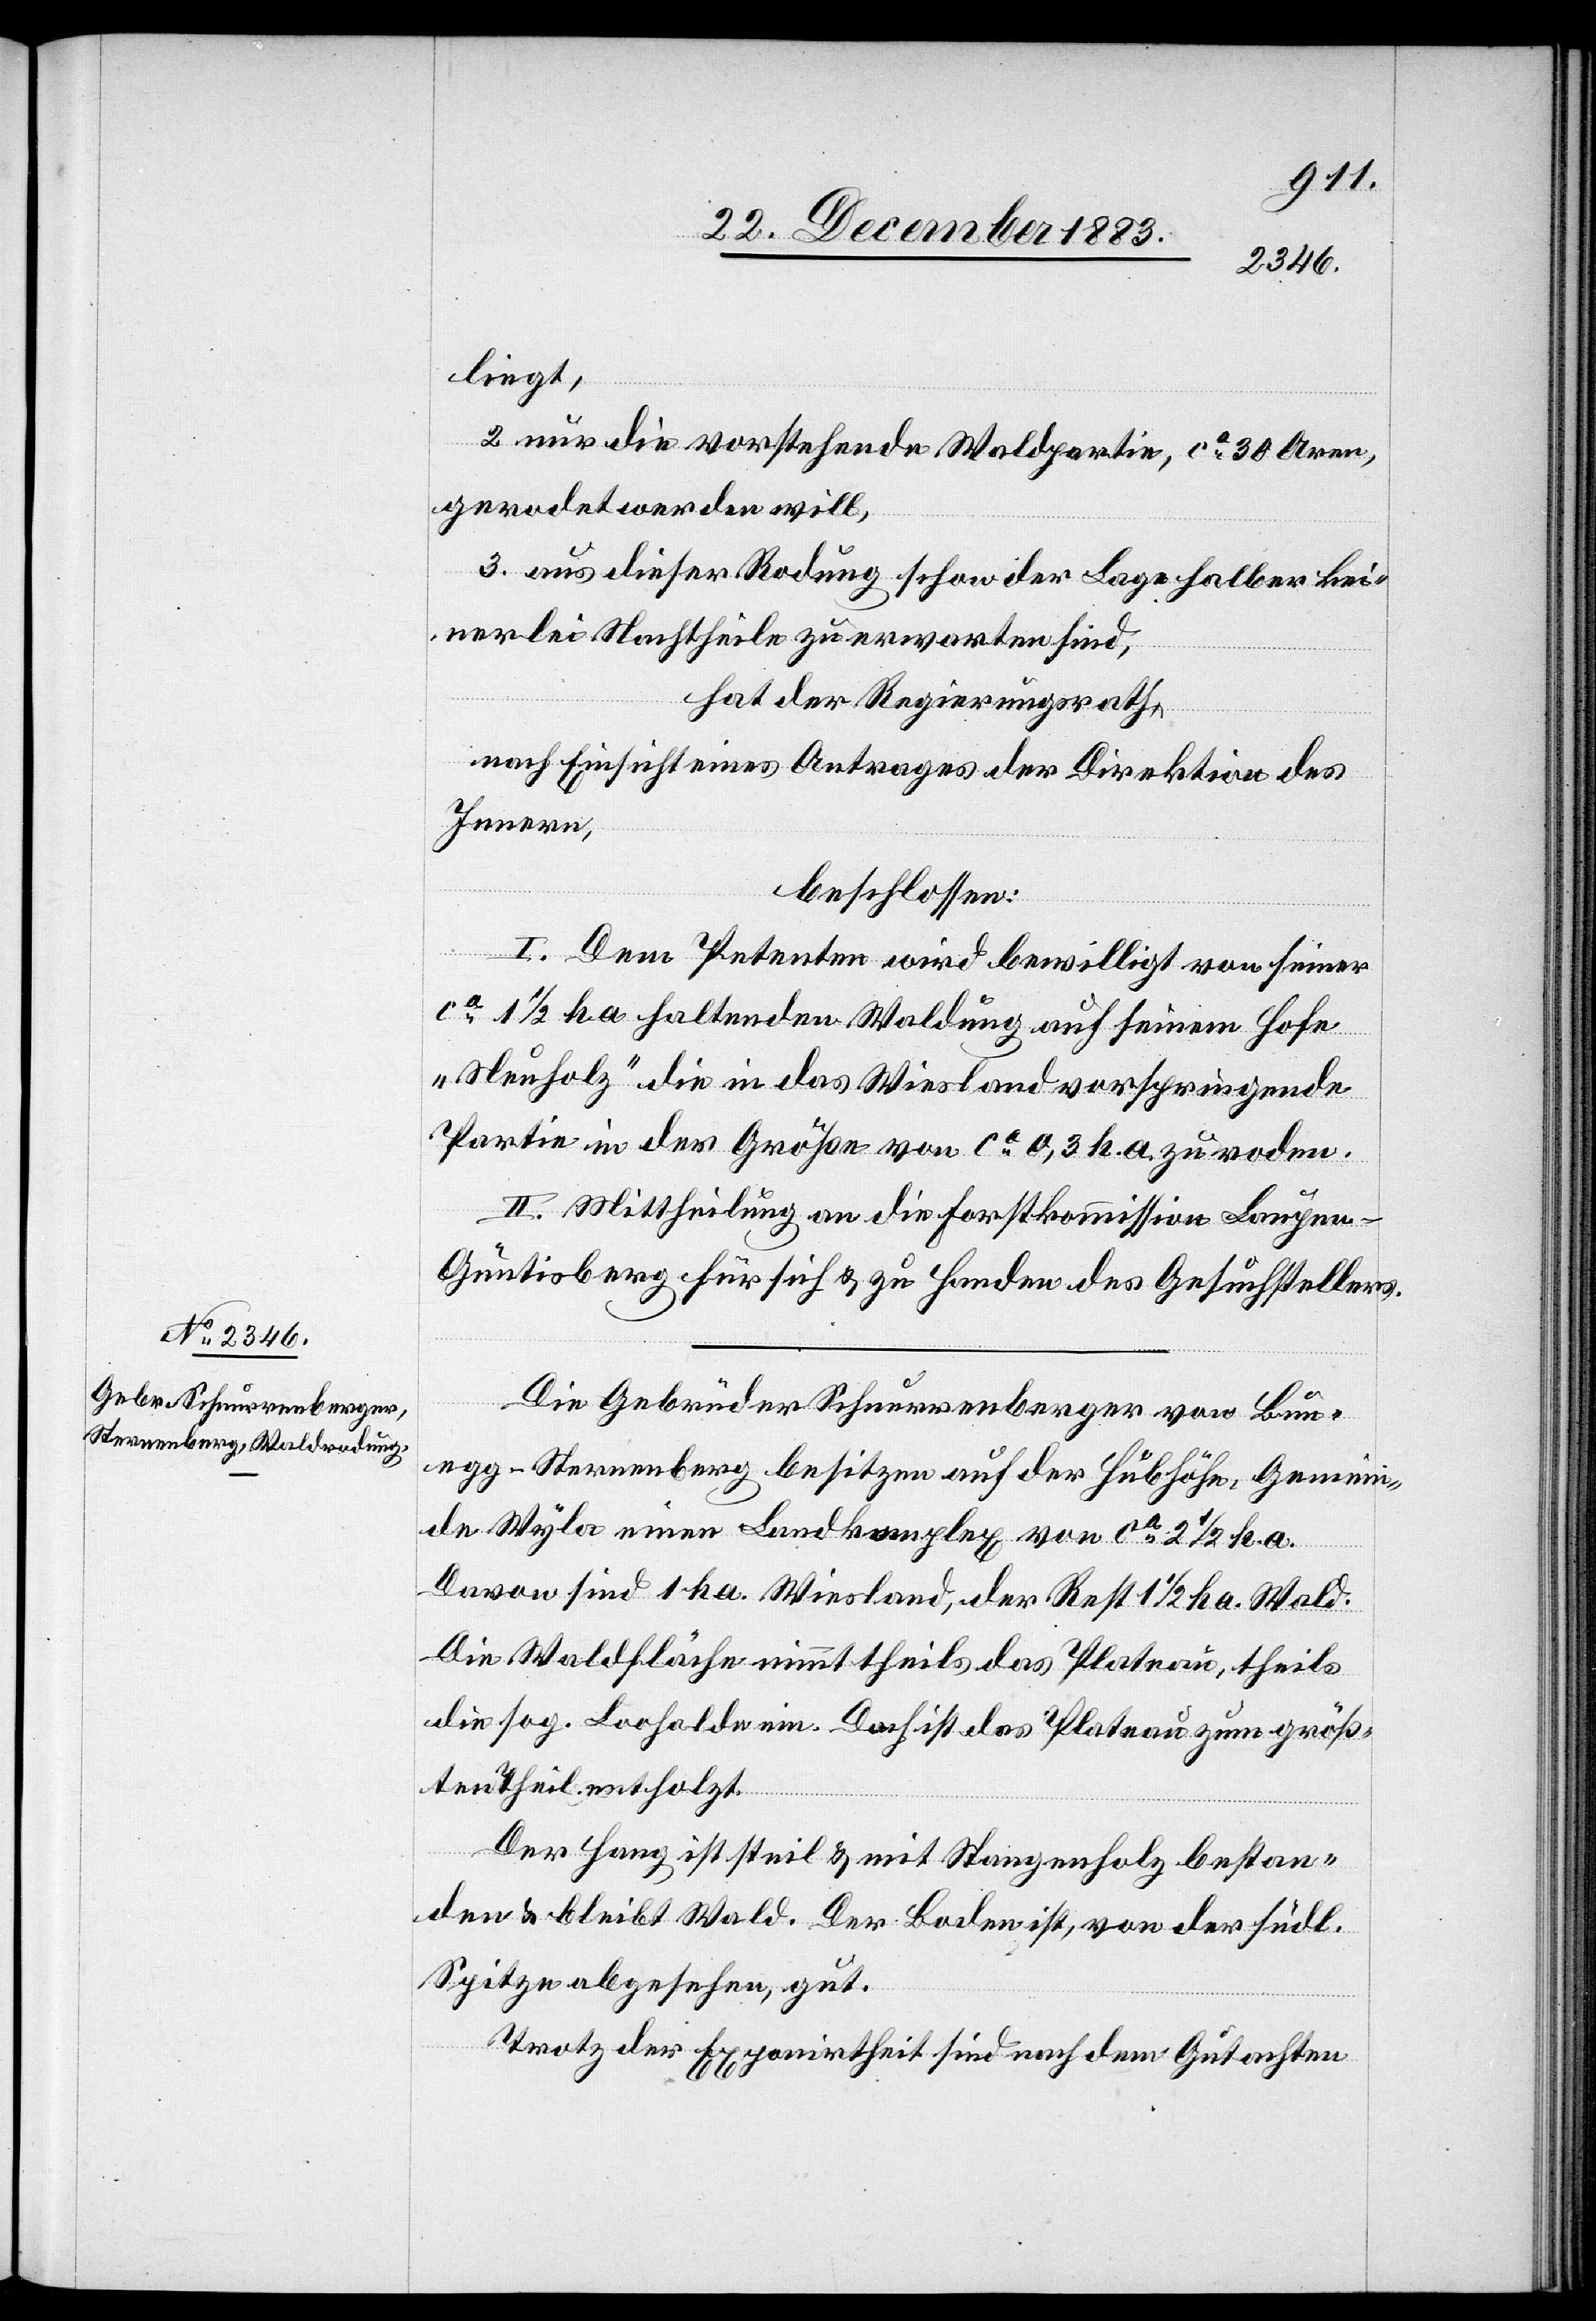
liegt,
2. nur die vorstehende Waldpartie, ca 30 Aren,
gerodet werden will,
3. aus dieser Rodung schon der Lage halber kei¬
nerlei Nachtheile zu erwarten sind,
hat der Regierungsrath,
nach Einsicht eines Antrages der Direktion des
Innern,
beschlossen:
I. dem Petenten wird bewilligt von seiner
ca 1 1/2 ha haltenden Waldung auf seinem Hofe
„Neuholz“ die in das Wiesland vorspringende
Partie in der Größe von ca 0,3 ha. zu roden.
II. Mittheilung an die Forstkommission Laupen-G¬
üntisberg für sich & zu Handen des Gesuchstellers.
Die Gebrüder Schnurrenberger von Bun¬
egg - Sternenberg besitzen auf der Hubhöhe, Gemein¬
de Wyla einen Landkomplex von ca 2 1/2 ha.
Davon sind 1 ha. Wiesland, der Rest 1 1/2 ha. Wald.
Die Waldfläche nimmt theils das Plateau, theils
die sog. Loohalde ein. Doch ist das Plateau zum größ¬
ten Theil entholzt.
Der Hang ist steil & mit Stangenholz bestan¬
den & bleibt Wald. Der Boden ist, von der südl.
Spitze abgesehen, gut.
Trotz der Exponirtheit sind nach dem Gutachten